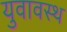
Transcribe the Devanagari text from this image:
युवावस्थ